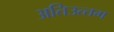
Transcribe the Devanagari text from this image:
अतिउत्‍तम